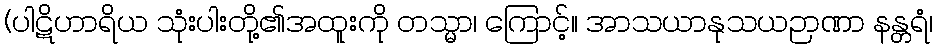
(ပါဋိဟာရိယ သုံးပါးတို့၏အထူးကို တသ္မာ၊ ကြောင့်။ အာသယာနုသယဉာဏာ နန္တရံ၊